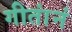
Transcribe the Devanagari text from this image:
गीतांनं